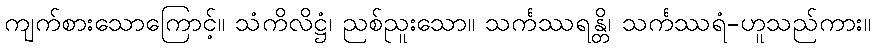
ကျက်စားသောကြောင့်။ သံကိလိဋ္ဌံ၊ ညစ်ညူးသော။ သင်္ကဿရန္တိ၊ သင်္ကဿရံ-ဟူသည်ကား။